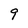
Character: 9